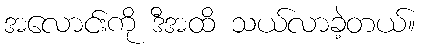
အလောင်းကို ဒီအထိ သယ်လာခဲ့တယ်။